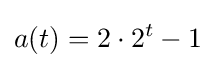
a(t)=2\cdot 2^{t}-1